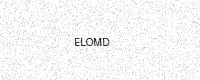
Text: ELOMD